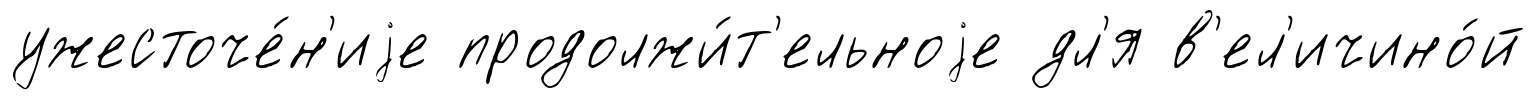
ужесточе́н'иjе продолжи́т'ельноjе дл'я в'ел'ичино́й